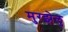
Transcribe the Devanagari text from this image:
मुरझेलु